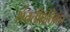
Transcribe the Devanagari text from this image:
संततीप्रतिबंध